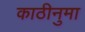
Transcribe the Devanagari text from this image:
काठीनुमा